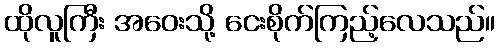
ထိုလူကြီး အဝေးသို့ ငေးစိုက်ကြည့်လေသည်။